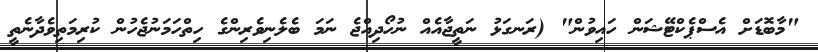
"މާބޮޑަށް އެސްޕެކްޓޭޝަން ހައިވުން" (ރަނގަޅު ނަތީޖާއެއް ނުހޯދިއްޖެ ނަމަ ބެލެނިވެރިންގެ ހިތްހަމަނުޖެހުން ކުރިމަތިވެދާނެތީ